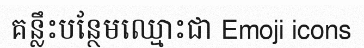
គន្លឹះបន្ថែមឈ្មោះជា Emoji icons